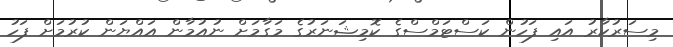
މިސަރުކާރު އައި ފަހުން ކަސްޓަމްސްގެ ކޮމިޝަނަރުގެ މަގާމަށް ނުއުމާން އައްޔަން ކުރުމަށް ފަހު